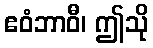
ဧဝံဘာဝီ၊ ဤသို